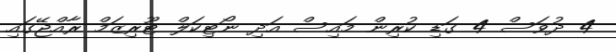
4 ދުވަސް 4 ގަޑި ކުރިން މައިސް އަދި ނޯޓިކަލް ޓޫރިޒަމް ރާއްޖޭގައި